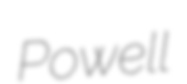
Powell